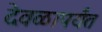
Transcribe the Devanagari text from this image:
देवळापर्यंत